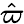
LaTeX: \hat{\varpi}